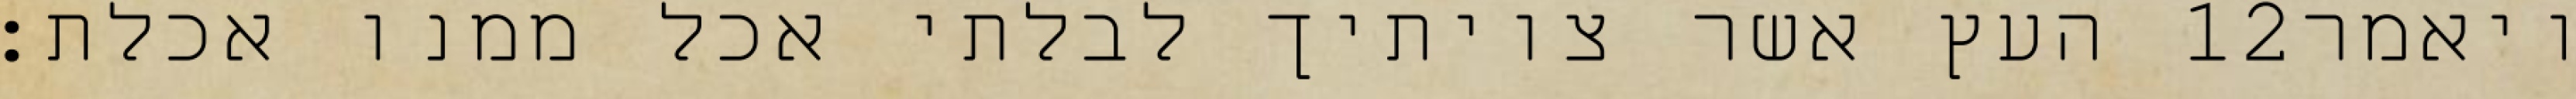
העץ אשר צויתיך לבלתי אכל ממנו אכלת׃ ‎12‏ ויאמר